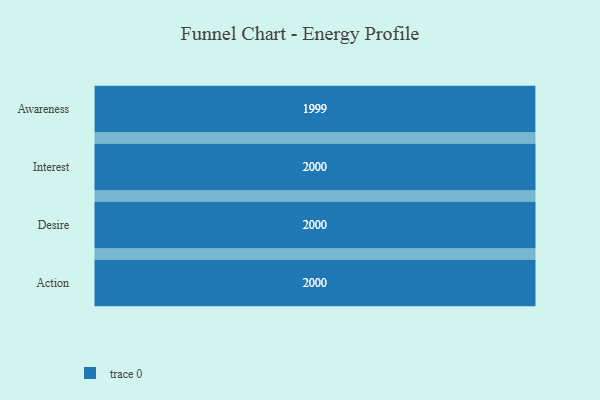
{"axis": {"x": "Stage", "y": "Value"}, "legend": [""], "data": [{"x": "Awareness", "y": 1999.0, "type": ""}, {"x": "Interest", "y": 2000, "type": ""}, {"x": "Desire", "y": 2000, "type": ""}, {"x": "Action", "y": 2000, "type": ""}]}